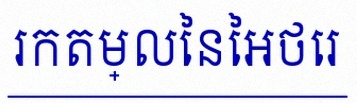
រកតម្លៃនៃអថេរ